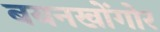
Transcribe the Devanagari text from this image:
बयनखोंगोर